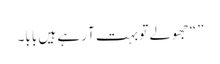
” “جھولے تو بہت آ رہے ہیں بابا۔